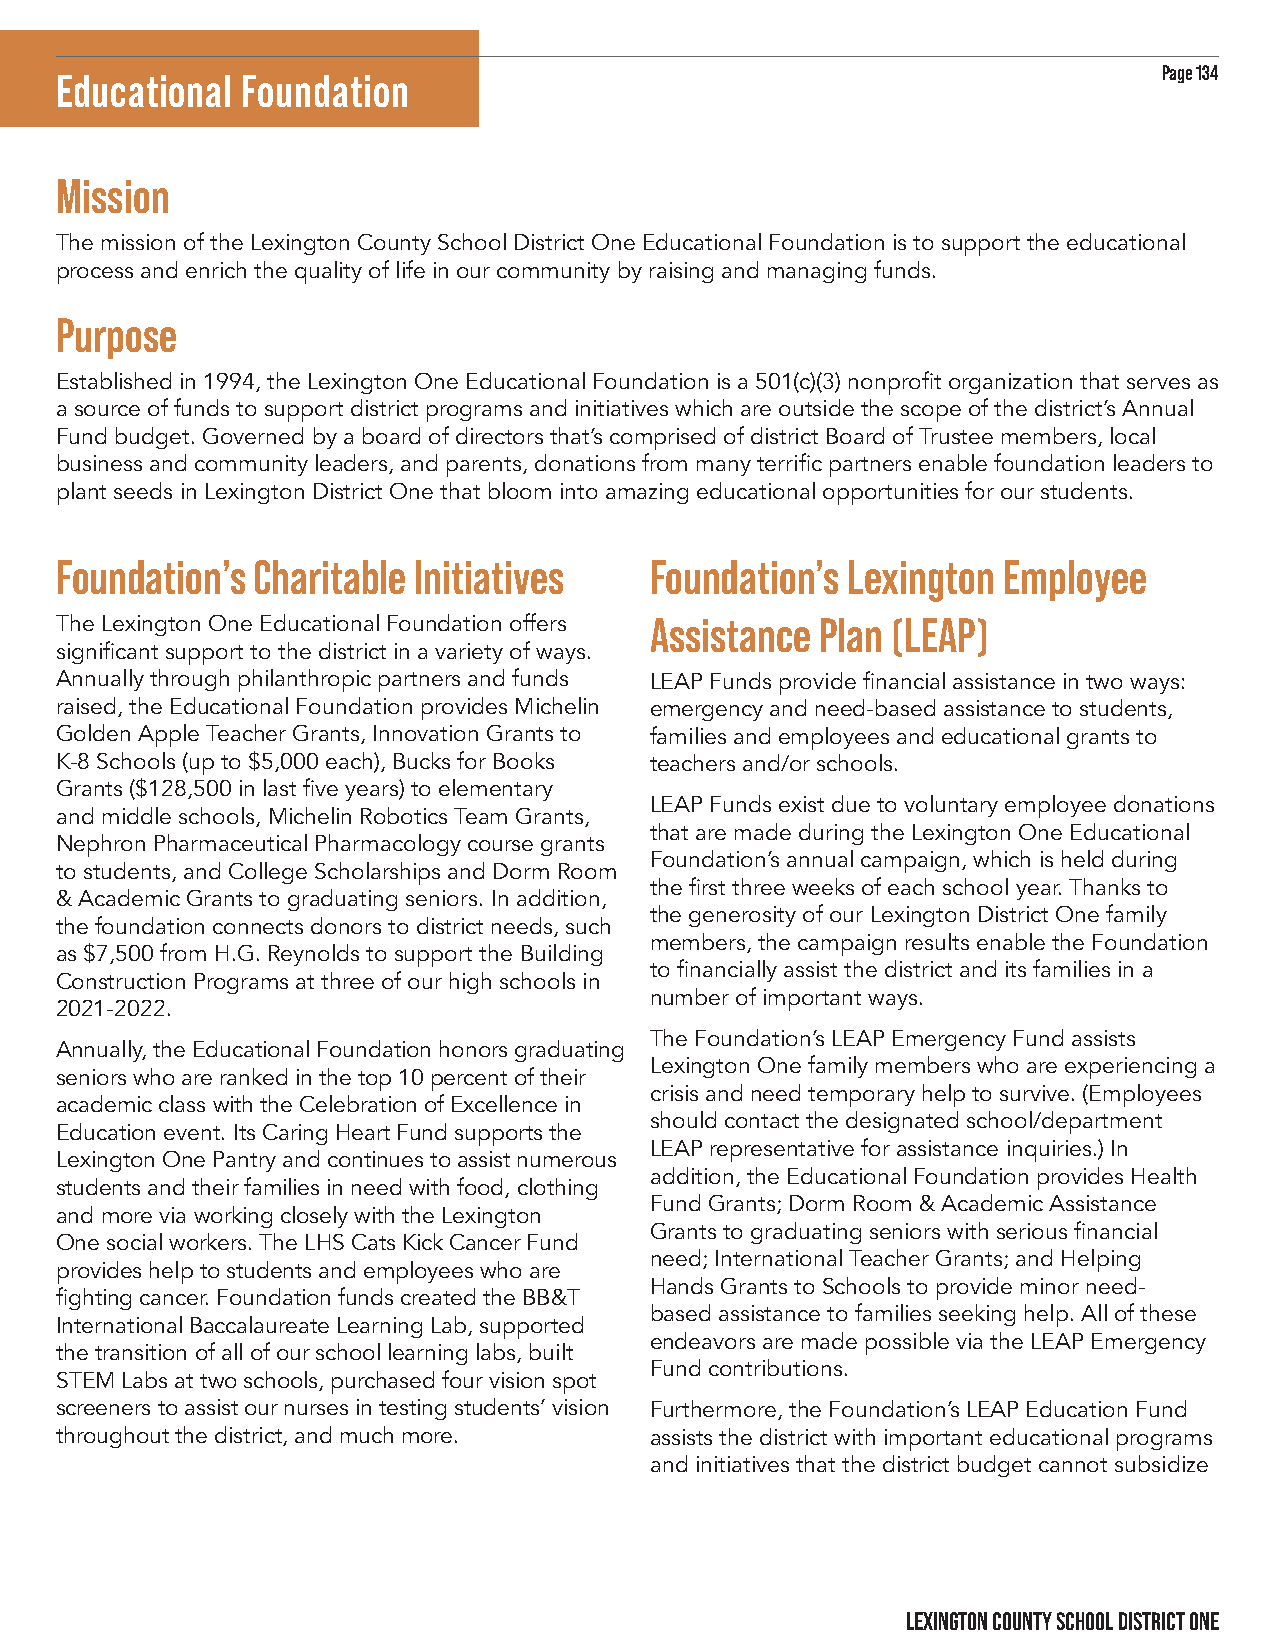
Page 134
 Educational Foundation
 Mission
 The mission of the Lexington County School District One Educational Foundation is to support the educational
 process and enrich the quality of life in our community by raising and managing funds.
 Purpose
 Established in 1994, the Lexington One Educational Foundation is a 501(c)(3) nonprofit organization that serves as
 a source of funds to support district programs and initiatives which are outside the scope of the district’s Annual
 Fund budget. Governed by a board of directors that’s comprised of district Board of Trustee members, local
 business and community leaders, and parents, donations from many terrific partners enable foundation leaders to
 plant seeds in Lexington District One that bloom into amazing educational opportunities for our students.
 Foundation’s Charitable Initiatives    Foundation’s Lexington Employee
 The Lexington One Educational Foundation offers Assistance Plan (LEAP)
 significant support to the district in a variety of ways.
 Annually through philanthropic partners and funds LEAP Funds provide financial assistance in two ways:
 raised, the Educational Foundation provides Michelin emergency and need-based assistance to students,
 Golden Apple Teacher Grants, Innovation Grants to families and employees and educational grants to
 K-8 Schools (up to $5,000 each), Bucks for Books teachers and/or schools.
 Grants ($128,500 in last five years) to elementary
 LEAP Funds exist due to voluntary employee donations
 and middle schools, Michelin Robotics Team Grants,
 that are made during the Lexington One Educational
 Nephron Pharmaceutical Pharmacology course grants
 Foundation’s annual campaign, which is held during
 to students, and College Scholarships and Dorm Room
 the first three weeks of each school year. Thanks to
 & Academic Grants to graduating seniors. In addition,
 the generosity of our Lexington District One family
 the foundation connects donors to district needs, such
 members, the campaign results enable the Foundation
 as $7,500 from H.G. Reynolds to support the Building
 to financially assist the district and its families in a
 Construction Programs at three of our high schools in
 number of important ways.
 2021-2022.
 The Foundation’s LEAP Emergency Fund assists
 Annually, the Educational Foundation honors graduating
 Lexington One family members who are experiencing a
 seniors who are ranked in the top 10 percent of their
 crisis and need temporary help to survive. (Employees
 academic class with the Celebration of Excellence in
 should contact the designated school/department
 Education event. Its Caring Heart Fund supports the
 LEAP representative for assistance inquiries.) In
 Lexington One Pantry and continues to assist numerous
 addition, the Educational Foundation provides Health
 students and their families in need with food, clothing
 Fund Grants; Dorm Room & Academic Assistance
 and more via working closely with the Lexington
 Grants to graduating seniors with serious financial
 One social workers. The LHS Cats Kick Cancer Fund
 need; International Teacher Grants; and Helping
 provides help to students and employees who are
 Hands Grants to Schools to provide minor need-
 fighting cancer. Foundation funds created the BB&T
 based assistance to families seeking help. All of these
 International Baccalaureate Learning Lab, supported
 endeavors are made possible via the LEAP Emergency
 the transition of all of our school learning labs, built
 Fund contributions.
 STEM Labs at two schools, purchased four vision spot
 screeners to assist our nurses in testing students’ vision Furthermore, the Foundation’s LEAP Education Fund
 throughout the district, and much more. assists the district with important educational programs
 and initiatives that the district budget cannot subsidize
 LEXINGTON COUNTY SCHOOL DISTRICT ONE